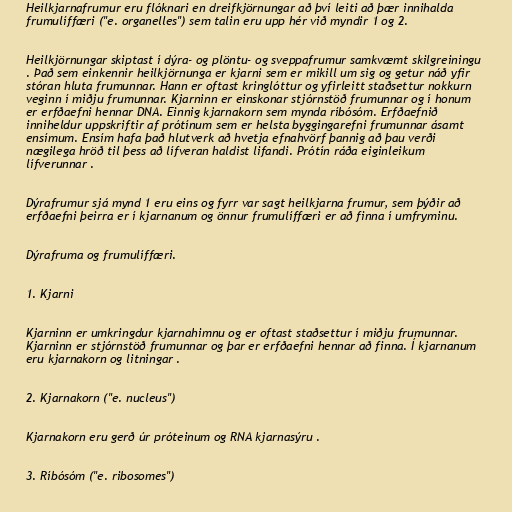
Heilkjarnafrumur eru flóknari en dreifkjörnungar að því leiti að þær innihalda
frumulíffæri ("e. organelles") sem talin eru upp hér við myndir 1 og 2.

Heilkjörnungar skiptast í dýra- og plöntu- og sveppafrumur samkvæmt skilgreiningu
. Það sem einkennir heilkjörnunga er kjarni sem er mikill um sig og getur náð yfir
stóran hluta frumunnar. Hann er oftast kringlóttur og yfirleitt staðsettur nokkurn
veginn í miðju frumunnar. Kjarninn er einskonar stjórnstöð frumunnar og í honum
er erfðaefni hennar DNA. Einnig kjarnakorn sem mynda ríbósóm. Erfðaefnið
inniheldur uppskriftir af prótínum sem er helsta byggingarefni frumunnar ásamt
ensímum. Ensím hafa það hlutverk að hvetja efnahvörf þannig að þau verði
nægilega hröð til þess að lífveran haldist lifandi. Prótín ráða eiginleikum
lífverunnar .

Dýrafrumur sjá mynd 1 eru eins og fyrr var sagt heilkjarna frumur, sem þýðir að
erfðaefni þeirra er í kjarnanum og önnur frumulíffæri er að finna í umfryminu.

Dýrafruma og frumulíffæri.

1. Kjarni

Kjarninn er umkringdur kjarnahimnu og er oftast staðsettur í miðju frumunnar.
Kjarninn er stjórnstöð frumunnar og þar er erfðaefni hennar að finna. Í kjarnanum
eru kjarnakorn og litningar .

2. Kjarnakorn ("e. nucleus")

Kjarnakorn eru gerð úr próteinum og RNA kjarnasýru .

3. Ríbósóm ("e. ribosomes")